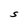
Character: S